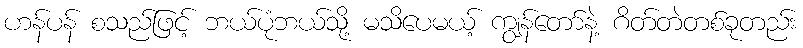
ဟန်ပန် စသည်ဖြင့် ဘယ်ပုံဘယ်သို့ မသိပေမယ့် ကျွန်တော်နဲ့ ဂိတ်တဲတစ်ခုတည်း